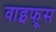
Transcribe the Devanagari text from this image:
वाइफूस